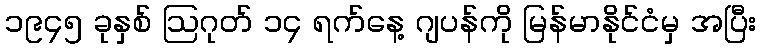
၁၉၄၅ ခုနှစ် ဩဂုတ် ၁၄ ရက်နေ့ ဂျပန်ကို မြန်မာနိုင်ငံမှ အပြီး